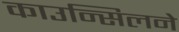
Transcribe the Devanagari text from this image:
काउन्सिलने